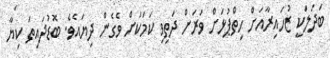
ބަދަލަކީ ޒުހައިރާއަށް ހިތްޕުޅަށް ވަރަށް ދަތިވި ކަމަކަށް ވެގެން ދިޔައެވެ. ބޮޑުދައިތަ ކިޔާ